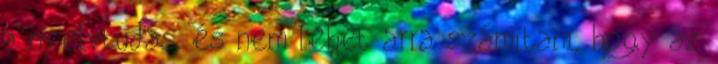
a nyelvtudás, és nem lehet arra számítani, hogy az